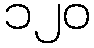
၁၂၀